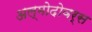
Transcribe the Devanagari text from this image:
अल्मोदोवर्स